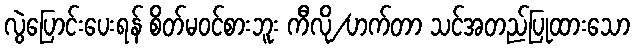
လွဲပြောင်းပေးရန် စိတ်မဝင်စားဘူး ကီလို/ဟက်တာ သင်အတည်ပြုထားသော